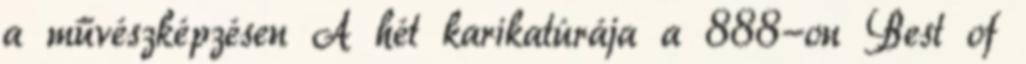
a művészképzésen A hét karikatúrája a 888-on Best of